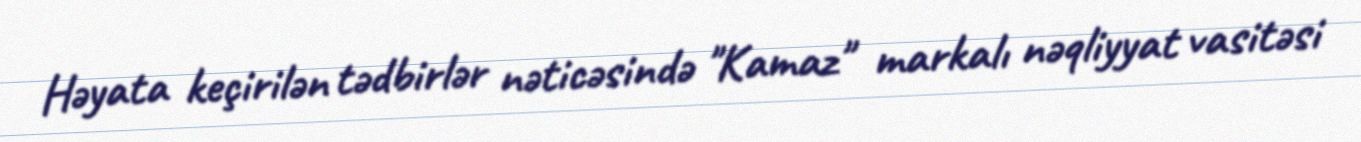
Həyata keçirilən tədbirlər nəticəsində "Kamaz" markalı nəqliyyat vasitəsi